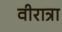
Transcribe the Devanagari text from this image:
वीरात्रा